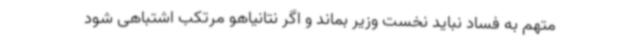
متهم به فساد نباید نخست وزیر بماند و اگر نتانیاهو مرتکب اشتباهی شود